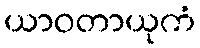
ယာဝတာယုကံ